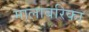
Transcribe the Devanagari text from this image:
मालाबरिका